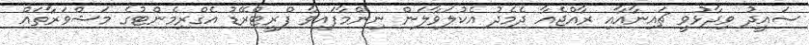
ސައީދު ވިދާޅުވީ ޗައިނާއާއި ރާއްޖެއާ ދެމެދު އެކުލަވާލަން ނިންމާފައިވާ ފްރީޓްރޭޑު އެގްރިމެންޓުގެ މަޝްވަރާތައް